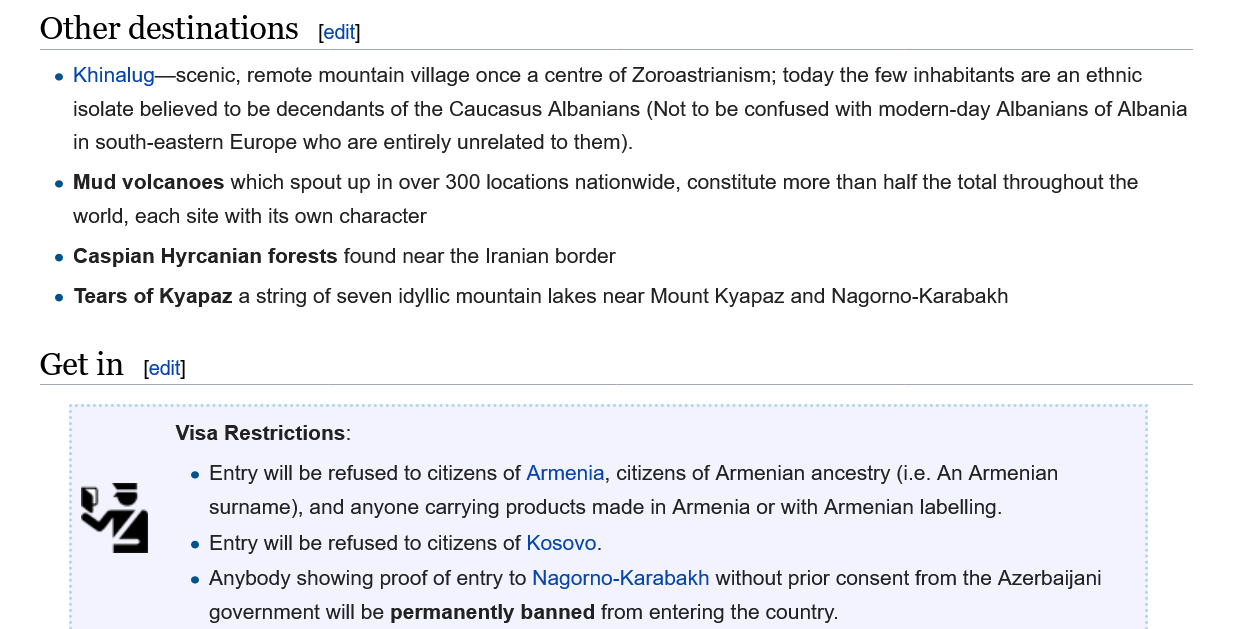
Other destinations    edit]
     e Khinalug—scenic, remote mountain village once a centre of Zoroastrianism; today the few inhabitants are an ethnic
     isolate believed to be decendants of the Caucasus Albanians (Not to be confused with modern-day Albanians of Albania
     in south-eastern Europe who are entirely unrelated to them).
     e Mud volcanoes which spout up in over 300 locations nationwide, constitute more than half the total throughout the
     world, each site with its own character
     e Caspian Hyrcanian forests found near the Iranian border
     e Tears of Kyapaz a string of seven idyllic mountain lakes near Mount Kyapaz and Nagorno-Karabakh
    Get  in  edit)
     Visa Restrictions:
     e Entry will be refused to citizens of Armenia, citizens of Armenian ancestry (i.e. An Armenian
     surname), and anyone carrying products made in Armenia or with Armenian labelling.
     e Entry will be refused to citizens of Kosovo.
     e Anybody showing proof of entry to Nagorno-Karabakh without prior consent from the Azerbaijani
     government will be permanently banned from entering the country.